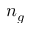
n _ { g }